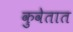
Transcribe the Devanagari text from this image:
कुवेतात